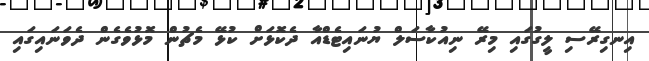
އިނގިރޭސި ލީގުގައި މިރޭ ނިއުކާސަލް ޔުނައިޓެޑްއާ ދެކޮޅަށް ކުޅޭ މެޗުން މޮޅުވެެގެން ދެވަނައިގައި